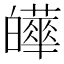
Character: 𤾹